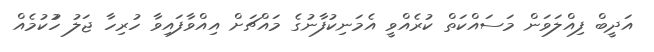
އަދީބް ފިއްލަވަން މަސައްކަތް ކުރެއްވީ އެމަނިކުފާނުގެ މައްޗަށް އިއްވާފައިވާ ހުރިހާ ޖަލު ހުުކުމެއް